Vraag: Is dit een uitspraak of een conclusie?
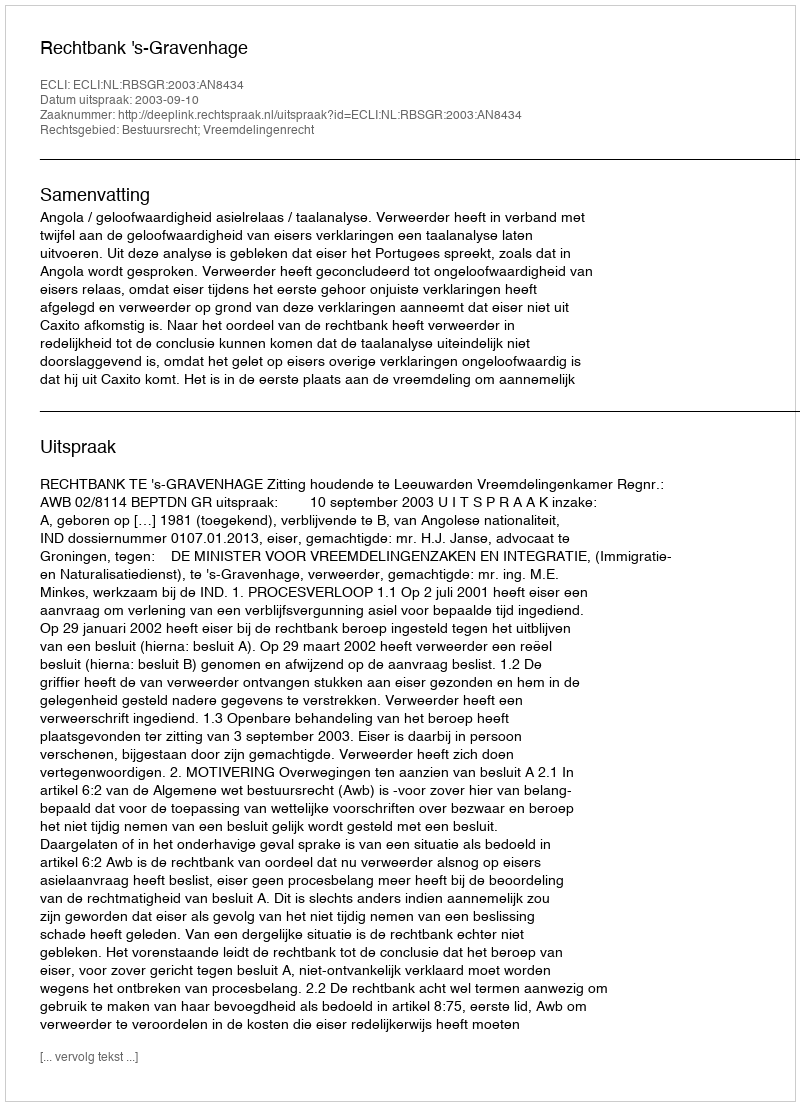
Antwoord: Uitspraak